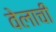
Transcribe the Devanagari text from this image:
वेलाची